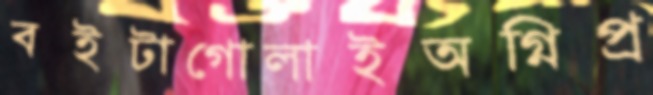
বইটাগোলাইঅগ্নিপ্র